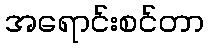
အရောင်းစင်တာ